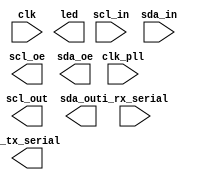

// Efinity Top-level template
// Version: 2023.2.307

// Copyright (C) 2013 - 2023 Efinix Inc. All rights reserved.

// This file may be used as a starting point for Efinity synthesis top-level target.
// The port list here matches what is expected by Efinity constraint files generated
// by the Efinity Interface Designer.

// To use this:
//     #1)  Save this file with a different name to a different directory, where source files are kept.
//              Example: you may wish to save as /home/kaush/Desktop/Efinity/I2C_IP_Prototyping/I2C_IP_Prototyping.v
//     #2)  Add the newly saved file into Efinity project as design file
//     #3)  Edit the top level entity in Efinity project to:  I2C_IP_Prototyping
//     #4)  Insert design content.


module I2C_IP_Prototyping
(
  input clk_pll,
  input i_rx_serial,
  input scl_in,
  input sda_in,
  input clk,
  output o_tx_serial,
  output scl_out,
  output scl_oe,
  output sda_out,
  output sda_oe,
  output led
);


endmodule